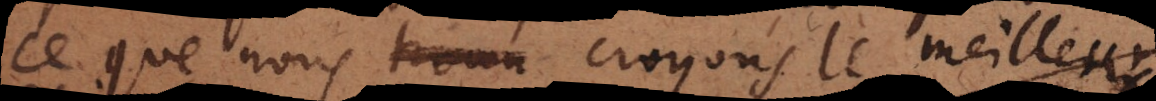
ce que nous croyons le meilleur.